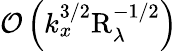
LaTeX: \mathcal{O}\left(k_{x}^{3/2}\mathrm{R}_{\lambda}^{-1/2}\right)